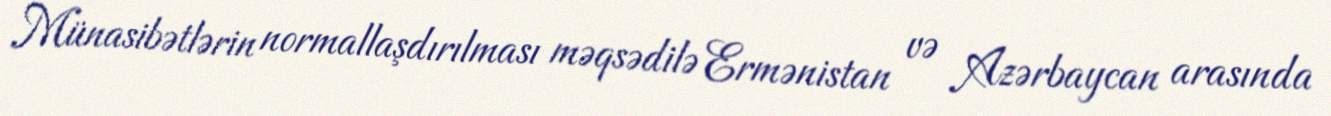
Münasibətlərin normallaşdırılması məqsədilə Ermənistan və Azərbaycan arasında